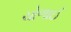
ચોળાઈ